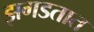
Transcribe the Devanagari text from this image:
झगडतात